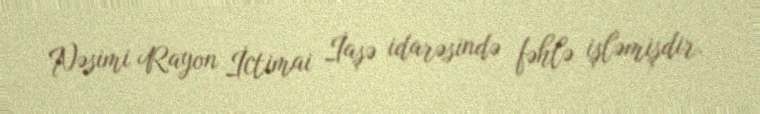
Nəsimi Rayon İctimai İaşə idarəsində fəhlə işləmişdir.